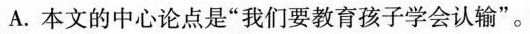
A.本文的中心论点是”我们要教育孩子学会认输”。